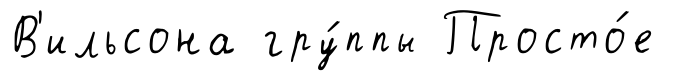
В'ильсона гру́ппы Просто́е